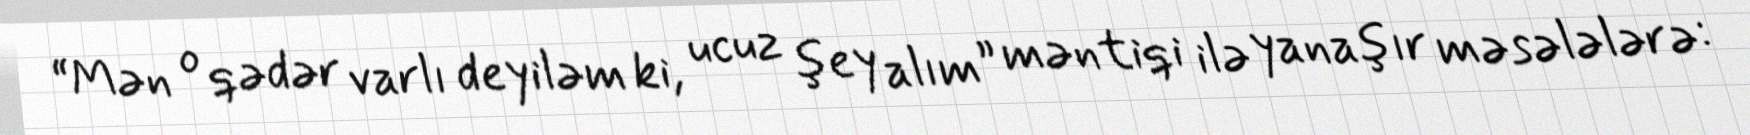
“Mən o qədər varlı deyiləm ki, ucuz şey alım” məntiqi ilə yanaşır məsələlərə: